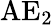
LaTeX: \operatorname{AE}_{2}